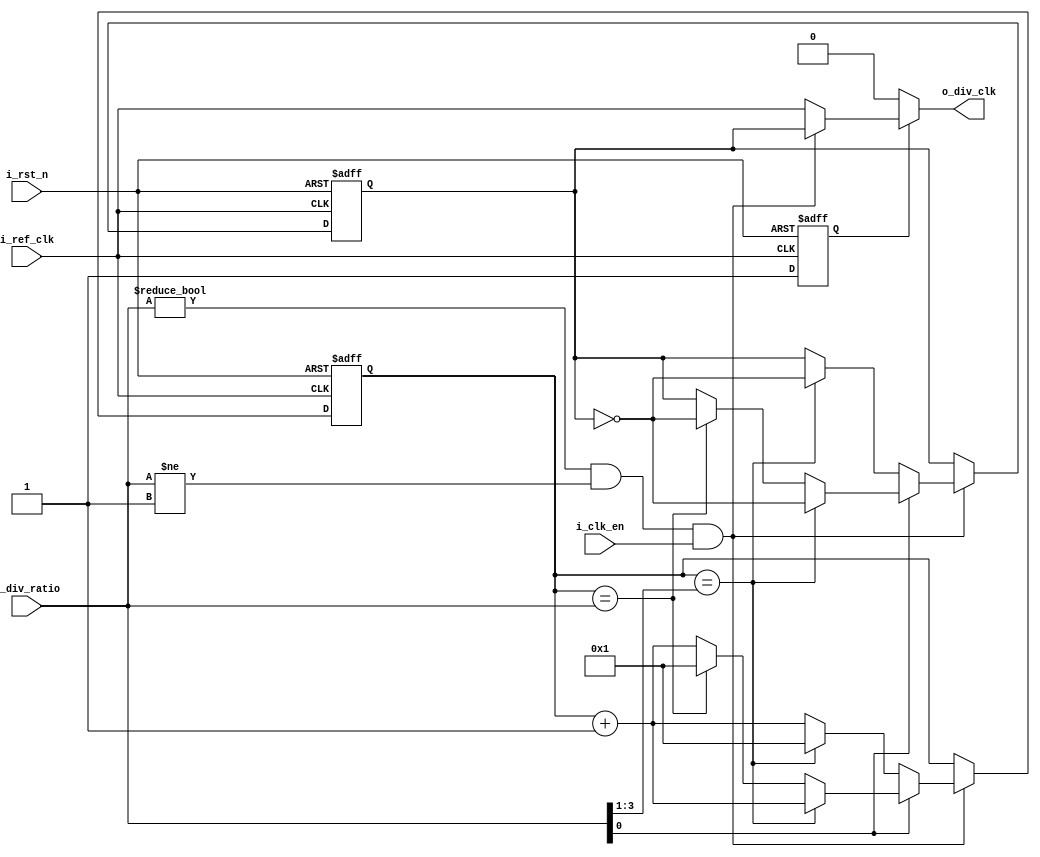

/////////////////////////////////////////////////////////////
////////////////////////// CLKDiv ///////////////////////////
/////////////////////////////////////////////////////////////

module CLKDiv #(parameter max_div_bits = 4)
    (i_ref_clk, i_rst_n, i_clk_en, i_div_ratio, o_div_clk);

    input                      i_ref_clk;
    input                      i_rst_n;
    input                      i_clk_en;
    input  [max_div_bits-1:0]  i_div_ratio;
    output                     o_div_clk;
    
    reg                        o_div_clk_wire;
    reg                        o_div_clk;
    reg                        rst_mux;
    reg    [max_div_bits-1:0]  counter;
 
    always @(posedge i_ref_clk or negedge i_rst_n) 
    begin
        if(!i_rst_n)
        begin
            o_div_clk_wire <= 0;
            counter <= 0;
            rst_mux <= 0;
        end
        else if(i_div_ratio !=0 && i_div_ratio!=1 && i_clk_en == 1)
        begin
            rst_mux <= 1;
            if (i_div_ratio[0] != 1)
            begin
                if (counter == (i_div_ratio>>1))                                      
                begin
                    o_div_clk_wire <= ~(o_div_clk_wire);
                    counter <= 1;  
                end
                else
                begin
                    counter <= counter +1;
                end
            end
            else if (i_div_ratio[0] == 1)
            begin
                if (counter == (i_div_ratio>>1))                                      
                begin
                    o_div_clk_wire <= ~(o_div_clk_wire);
                    counter <= counter + 1;   
                end
                else if (counter == (i_div_ratio))
                begin
                    o_div_clk_wire <= ~(o_div_clk_wire);
                    counter <= 1;
                end
                else
                begin
                    counter <= counter +1;
                end
            end
        end
        else
        begin
            rst_mux <= 1;
        end
    end

always @ (*)
begin
    if(!rst_mux)
    begin
        o_div_clk = 0;
    end
    else if(i_div_ratio !=0 && i_div_ratio!=1 && i_clk_en == 1)
    begin
        o_div_clk = o_div_clk_wire;
    end
    else  if (i_clk_en)
    begin
        o_div_clk = i_ref_clk;
    end
    else
    o_div_clk = i_ref_clk;
end
endmodule